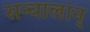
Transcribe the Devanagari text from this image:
सन्चालान्